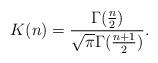
LaTeX: \begin{align*}K(n) = \frac{\Gamma(\frac{n}{2})}{\sqrt{\pi} \Gamma(\frac{n+1}{2})}.\end{align*}